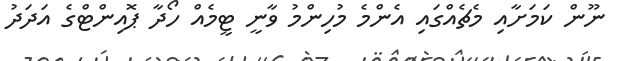
ނޫން ކަމަށާއި މެޗެއްގައި އެންމެ މުހިންމު ވާނީ ޓީމެއް ހޯދާ ޕޮއިންޓްގެ އަދަދު